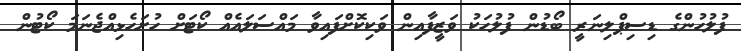
ފުލުހުންގެ ޑިސިޕްލިނަރީ ބޯޑުން ފުލުހަކު ވަޒީފާއިން ވަކިކޮށްފައިވާ މައްސަލައެއް ކޯޓަށް ހުށަހެޅިއްޖެނަމަ ކޯޓުން